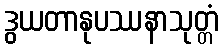
ဒွယတာနုပဿနာသုတ္တံ